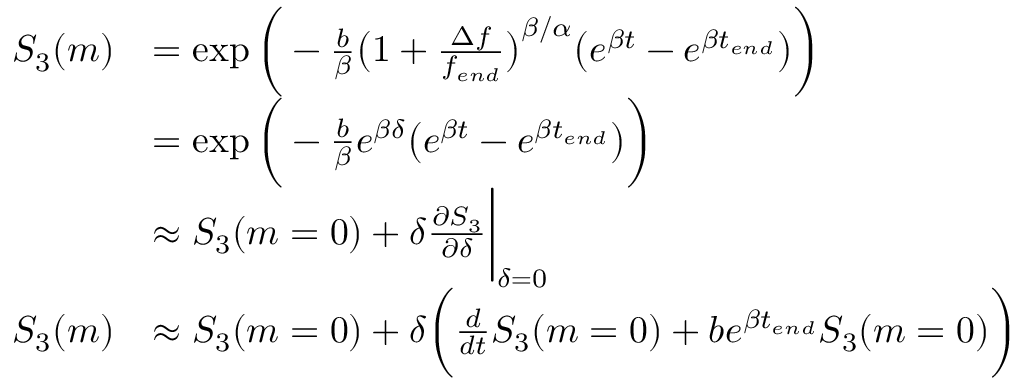
\begin{array} { r l } { S _ { 3 } ( m ) } & { = \exp { \bigg ( - \frac { b } { \beta } \big ( 1 + \frac { \Delta f } { { f _ { e n d } } } \big ) ^ { \beta / \alpha } \big ( e ^ { \beta t } - e ^ { \beta t _ { e n d } } \big ) \bigg ) } } \\ & { = \exp { \bigg ( - \frac { b } { \beta } e ^ { \beta \delta } \big ( e ^ { \beta t } - e ^ { \beta t _ { e n d } } \big ) \bigg ) } } \\ & { \approx S _ { 3 } ( m = 0 ) + \delta \frac { \partial S _ { 3 } } { \partial \delta } \bigg | _ { \delta = 0 } } \\ { S _ { 3 } ( m ) } & { \approx S _ { 3 } ( m = 0 ) + \delta \bigg ( \frac { d } { d t } S _ { 3 } ( m = 0 ) + b e ^ { \beta t _ { e n d } } S _ { 3 } ( m = 0 ) \bigg ) } \end{array}